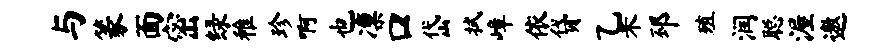
与篆面密绿稚珍啊也凛口岱拭嶂依贷乙米邳殖润聪渥遨